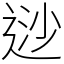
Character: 逤